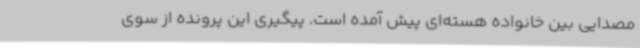
مصدایی بین خانواده هسته‌ای پیش آمده است. پیگیری این پرونده از سوی